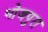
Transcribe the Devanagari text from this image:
भोजपुरा